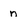
Character: n